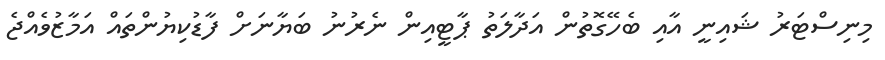
މިނިސްޓަރު ޝައިނީ އާއި ބެހޭގޮތުން އަދާލަތު ޕާޓީއިން ނެރުނު ބަޔާނަށް ފާޑުކިޔުންތައް އަމާޒުވެއްޖެ